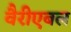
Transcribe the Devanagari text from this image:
वैरीएबल